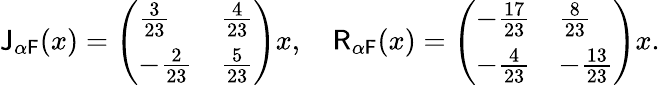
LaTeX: \mathsf{J}_{\alpha\mathsf{F}}(x)=\left(\begin{array}{ll}{\frac{3}{23}}&{\frac{4}{23}}\\ {-\frac{2}{23}}&{\frac{5}{23}}\end{array}\right)x,\quad\mathsf{R}_{\alpha\mathsf{F}}(x)=\left(\begin{array}{ll}{-\frac{17}{23}}&{\frac{8}{23}}\\ {-\frac{4}{23}}&{-\frac{13}{23}}\end{array}\right)x.